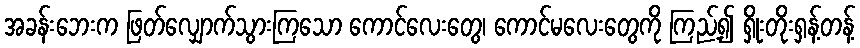
အခန်းဘေးက ဖြတ်လျှောက်သွားကြသော ကောင်လေးတွေ၊ ကောင်မလေးတွေကို ကြည့်၍ ရှိုးတိုးရှန့်တန့်